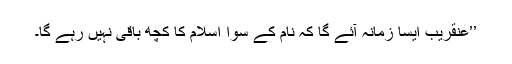
’’عنقریب ایسا زمانہ آئے گا کہ نام کے سوا اسلام کا کچھ باقی نہیں رہے گا۔